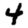
Digit: 4